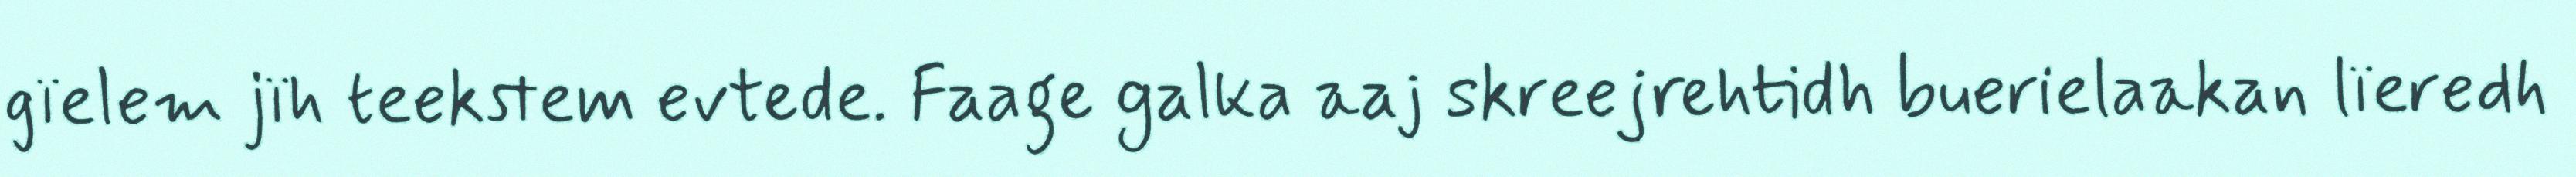
gïelem jïh teekstem evtede. Faage galka aaj skreejrehtidh buerielaakan lïeredh